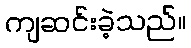
ကျဆင်းခဲ့သည်။